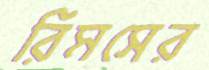
রিমসের